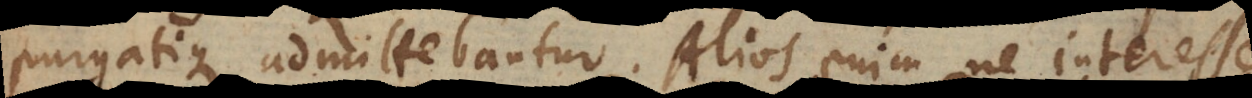
purgatique admittebantur. Alios enim ne interesse